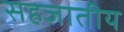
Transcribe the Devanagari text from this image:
सहजातीय